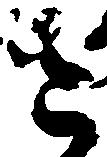
そ